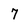
Character: 7